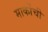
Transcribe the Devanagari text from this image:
मार्कोची